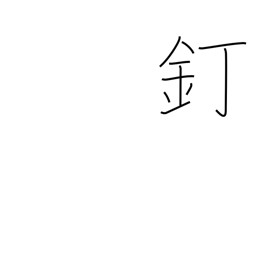
Meaning: nail